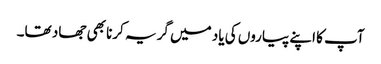
آپ کا اپنے پیاروں کی یاد میں گریہ کرنا بھی جھاد تھا۔